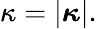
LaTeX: \kappa=|{\boldsymbol{\kappa}}|.